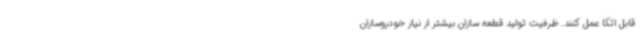
قابل اتکا عمل کنند. ظرفیت تولید قطعه سازان بیشتر از نیاز خودروسازان